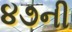
૪૭ની